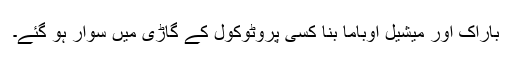
باراک اور میشیل اوباما بنا کسی پروٹوکول کے گاڑی میں سوار ہو گئے۔